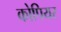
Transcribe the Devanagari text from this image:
कोपियर